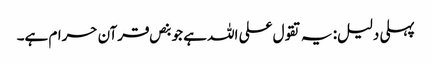
پہلی دلیل: یہ تقول علی اللہ ہے جو بنص قرآن حرام ہے۔